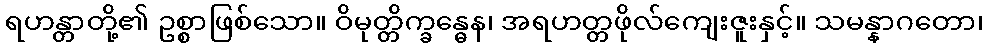
ရဟန္တာတို့၏ ဥစ္စာဖြစ်သော။ ဝိမုတ္တိက္ခန္ဓေန၊ အရဟတ္တဖိုလ်ကျေးဇူးနှင့်။ သမန္နာဂတော၊